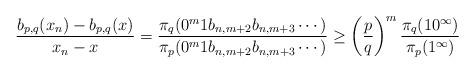
LaTeX: \begin{align*}\frac{b_{p,q}(x_n)-b_{p,q}(x)}{x_n-x} &=\frac{\pi_q(0^m1b_{n,m+2}b_{n,m+3}\cdots)}{\pi_p(0^m1b_{n,m+2}b_{n,m+3}\cdots)}\ge \left(\frac{p}{q}\right)^m\frac{\pi_q(10^{\infty})}{\pi_p(1^{\infty})}\end{align*}